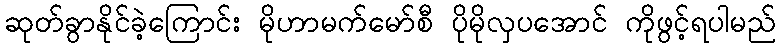
ဆုတ်ခွာနိုင်ခဲ့ကြောင်း မိုဟာမက်မော်စီ ပိုမိုလှပအောင် ကိုဖွင့်ရပါမည်